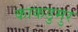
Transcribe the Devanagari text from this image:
काकडुमुर